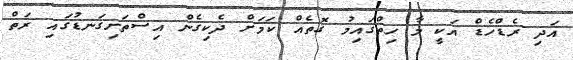
އަދި ރެޑްހެޑް އަކީ މާ ހިތްގައިމު ގޮތެއް ކަމަށް ދެކިގެން އިސްތަށިގަނޑުގައި ރަތް